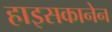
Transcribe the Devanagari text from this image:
हाइसकानेन